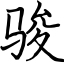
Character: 骏